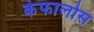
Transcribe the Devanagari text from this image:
केफालोस